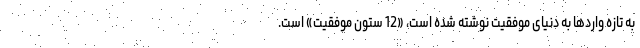
به تازه واردها به دنیای موفقیت نوشته شده است، «12 ستون موفقیت» است.